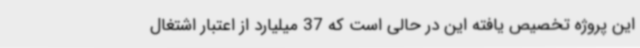
این پروژه تخصیص یافته این در حالی است که 37 میلیارد از اعتبار اشتغال